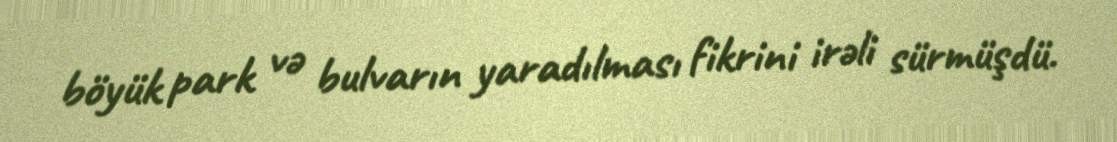
böyük park və bulvarın yaradılması fikrini irəli sürmüşdü.